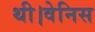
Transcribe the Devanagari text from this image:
थी।वेनिस